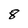
Character: 8